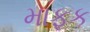
માફક